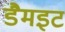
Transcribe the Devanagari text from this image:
डैमइट